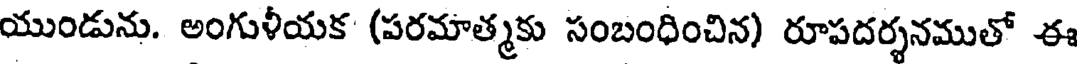
యుండును. అంగుళీయక (పరమాత్మకు సంబంధించిన) రూపదర్శనముతో ఈ